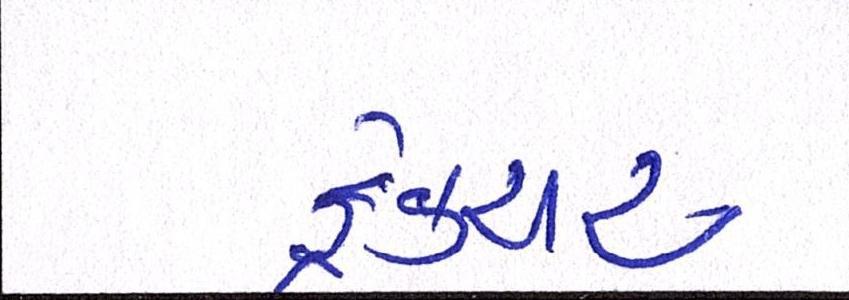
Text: ફ્રેક્ચર